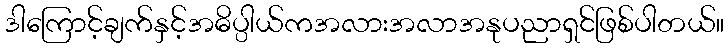
ဒါကြောင့်ချက်နှင့်အဓိပ္ပါယ်ကအလားအလာအနုပညာရှင်ဖြစ်ပါတယ်။